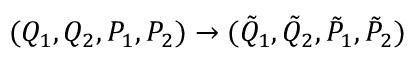
( Q _ { 1 } , Q _ { 2 } , P _ { 1 } , P _ { 2 } ) \rightarrow ( \tilde { Q } _ { 1 } , \tilde { Q } _ { 2 } , \tilde { P } _ { 1 } , \tilde { P } _ { 2 } )